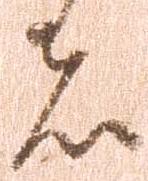
者